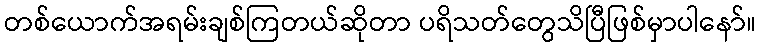
တစ်ယောက်အရမ်းချစ်ကြတယ်ဆိုတာ ပရိသတ်တွေသိပြီဖြစ်မှာပါနော်။